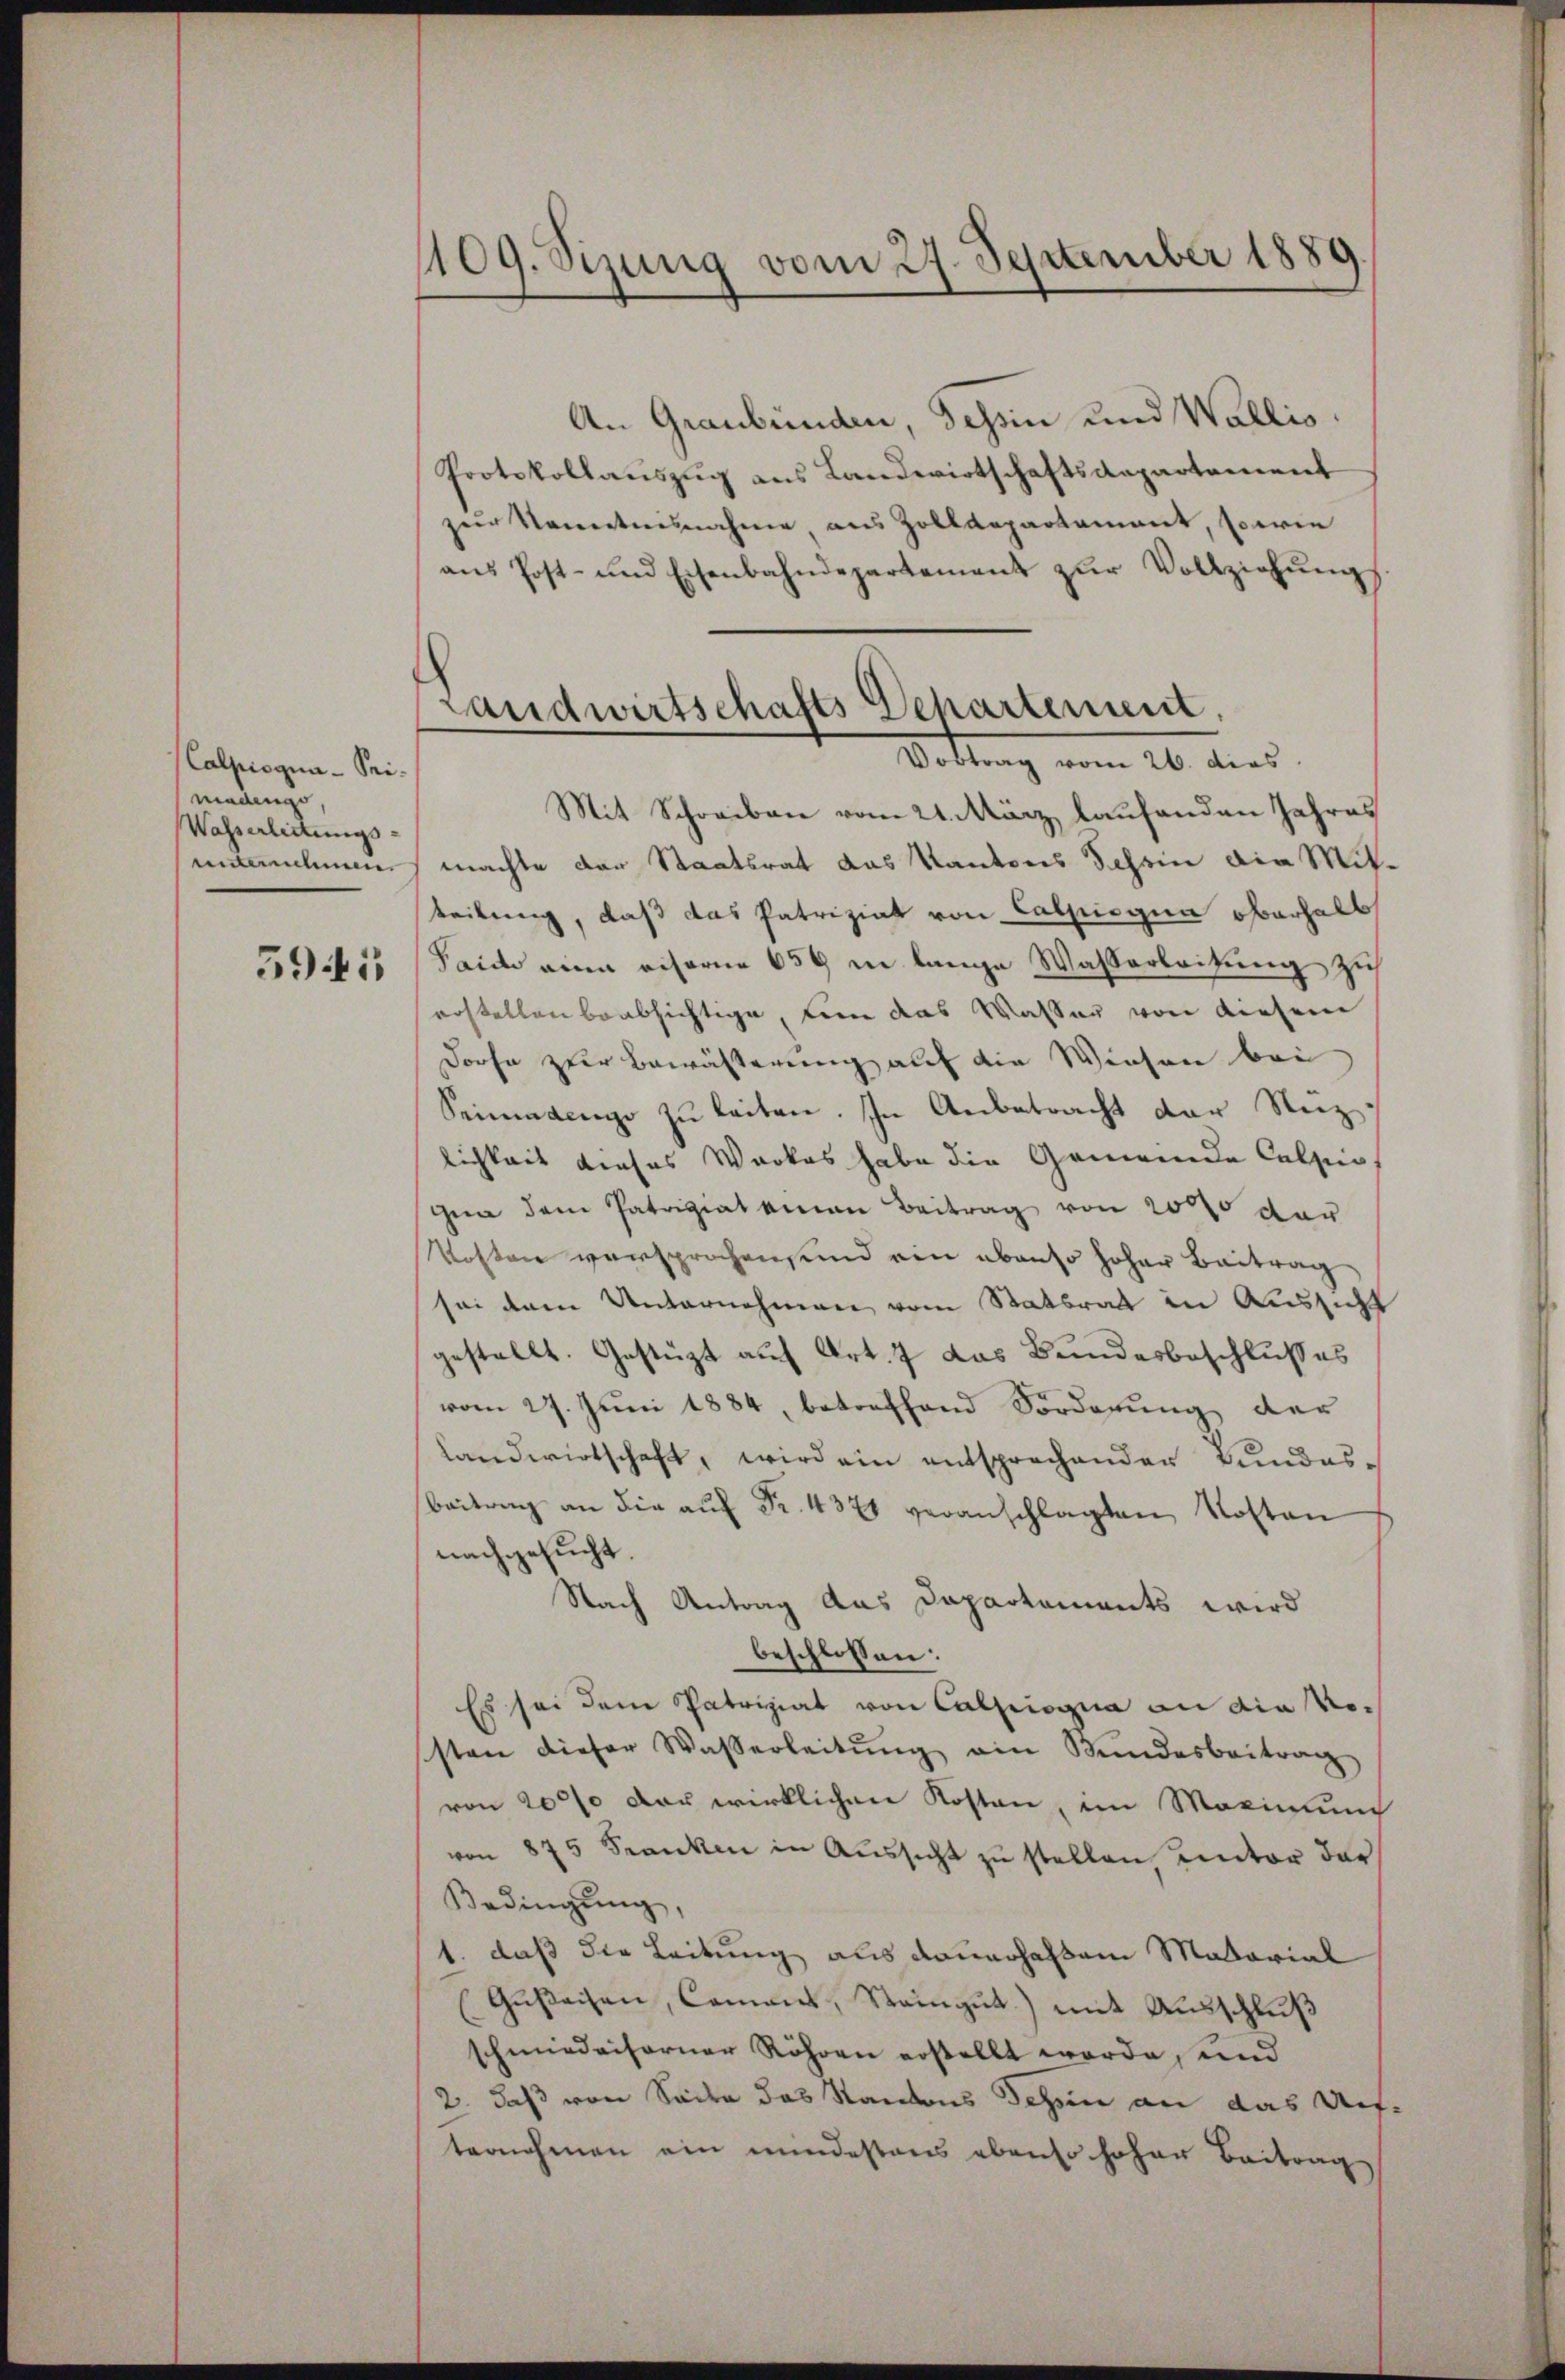
Calprogna - Seimadengo
Wasserlittungsunternehmen
5941

1109. Sizung vom 27. September 1889.

Landwirtschafts Departement,
Vortrag vom 26. dies

An Graubünden, Schein und Wallis.
Protokollauszug aus Landwirtschaftsdepartement
zur Kenntnisnahme aus Zolldepartament, sowie
ans Post- und Eisenbahndepartement zŭr Vollziehŭngs-
Mit Schreiben vom 21. März laufenden Jahres
machte der Staatsrat das Kantons Schein die Mitbeitung, daß das Patriziat von Calpisgua oberhalb
Seide eine eiserne 659 in lange Wassarbeitung zu
rostellen beabsichtige von das Wasser von diesem
Dorfe zur Bewässerung auf die Wiesen bei
Seinendenge zu leiten. In Anbetracht der Reiz
lichkeit dieses Werkes habe die Gemeinde Calpis,
gea dem Patriziat einen Beitrag von 2000 der
Kosten versprochen und von ebenso hoher Beitrag,
sei dem Unternehmen vom Stattrat in Aussicht
gestellt. Gestützt auf Art. 7 das Bundesbeschlusses
vom 27. Juni 1884, betreffend Forderung der
Landwirtschaft, wird ein entsprochender Bundesbeitrag an die aŭf Fr. 4371 veranschlagten Kosten
nachgesucht.
Nach Antrag das Dapartements wird
beschlossen:
Es sei dem Patriziat von Calpiogna an die Nosten dieser Wasserleitŭng ein Bŭndesbeitrag
von 2000 der wirklichen Kosten, im Maximum
von 875 Franken in Aŭssicht zŭ stellen unter der
Bedingŭng,
1. daß die Leitung aus dauerhaltem Material
Gußeisen, Commis, Steingut.) mit Ausschluß
schmiedeiserner Röhren erstellt werde, und
2., daß von Seite das Kantons Schen an das Uetternohmen ein mindestens ebenso hohen Beitrag